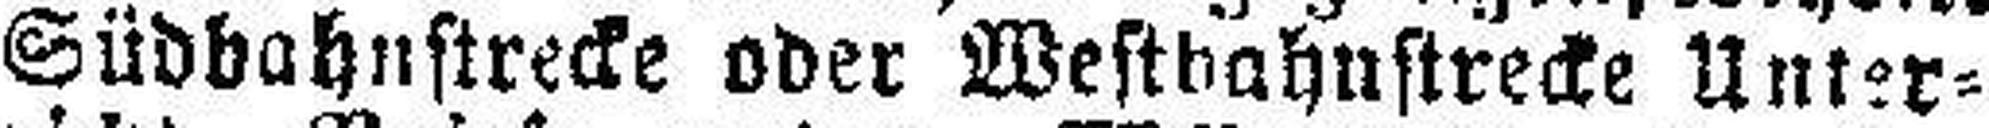
Südbahnstrecke oder Westbahnstrecke Unter¬